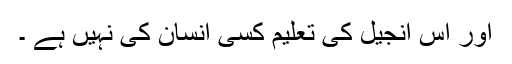
اور اس انجیل کی تعلیم کسی انسان کی نہیں ہے ۔